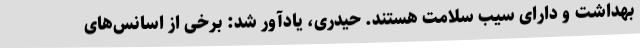
بهداشت و دارای سیب سلامت هستند. حیدری، یادآور شد: برخی از اسانس‌های